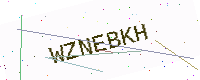
Text: WZNEBKH